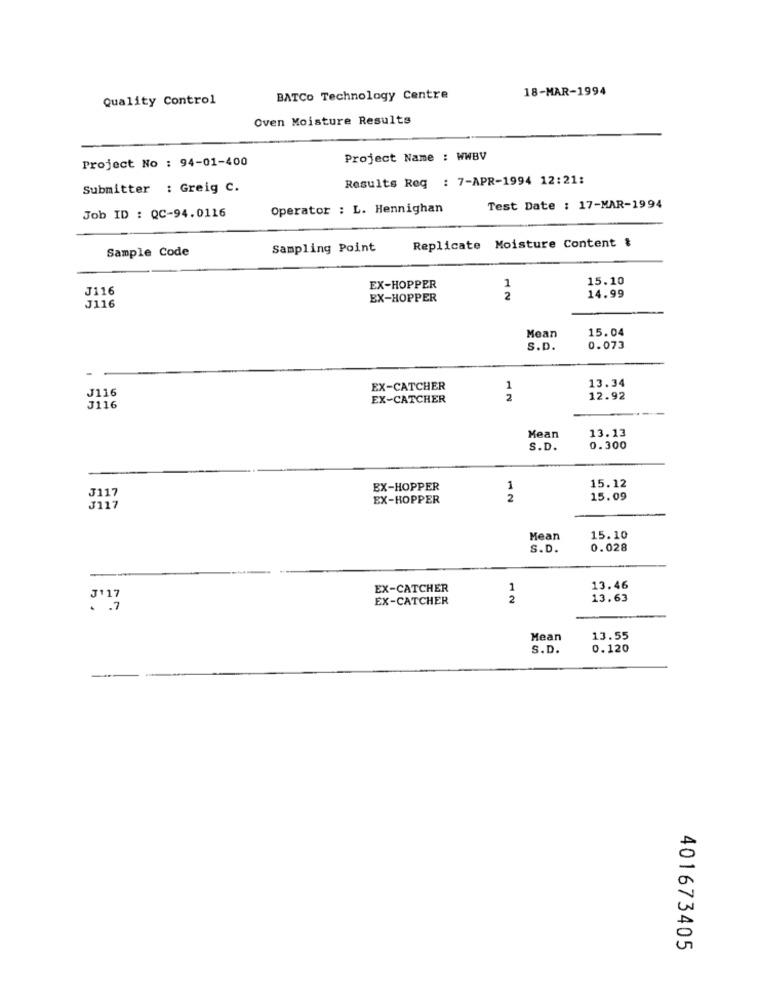
18-MAR-1994
Quality Control
BATCo Technology Centre
Oven Moisture Results
Project No : 94-01-400
Project Name : WWBV
Results Req : 7-APR-1994 12:21:
Submitter : Greig C.
Job ID : QC-94.0116
Operator : L. Hennighan
Test Date : 17-MAR-1994
Replicate Moisture Content &
Sample Code
Sampling Point
15.10
J116
EX-HOPPER
1
EX-HOPPER
2
14.99
J116
Mean
15.04
S.D.
0.073
13.34
J116
EX-CATCHER
1
EX-CATCHER
2
12.92
J116
Mean
13.13
S.D.
0.300
J117
EX-HOPPER
1
15.12
EX-HOPPER
2
15.09
J117
Mean
15.10
S. D.
0.028
EX-CATCHER
1
13.46
J' 17
EX-CATCHER
2
13.63
Mean
13.55
S.D.
0.120
401673405